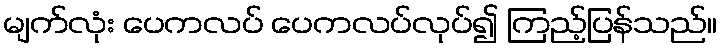
မျက်လုံး ပေကလပ် ပေကလပ်လုပ်၍ ကြည့်ပြန်သည်။